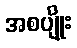
အစပျိုး